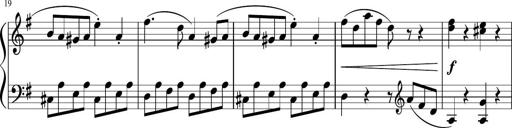
Title: 6 Progressive Sonatinas
Composer: Johann Anton AndrÃ©